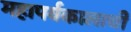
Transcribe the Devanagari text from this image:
महापर्वकालाची